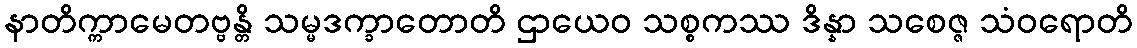
နာတိက္ကာမေတဗ္ဗန္တိ သမ္မဒက္ခာတောတိ ဌာယေဝ သစ္စကဿ ဒိန္နာ သစေဇ္ဇ သံဝရောတိ